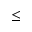
\le